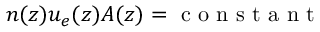
n ( z ) u _ { e } ( z ) A ( z ) = \mathrm { ~ c ~ o ~ n ~ s ~ t ~ a ~ n ~ t ~ }